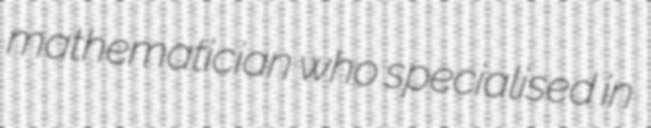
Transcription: mathematician who specialised in